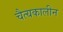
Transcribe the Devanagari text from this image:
चैत्यकालीन